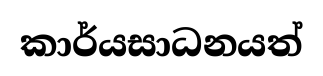
කාර්යසාධනයත්